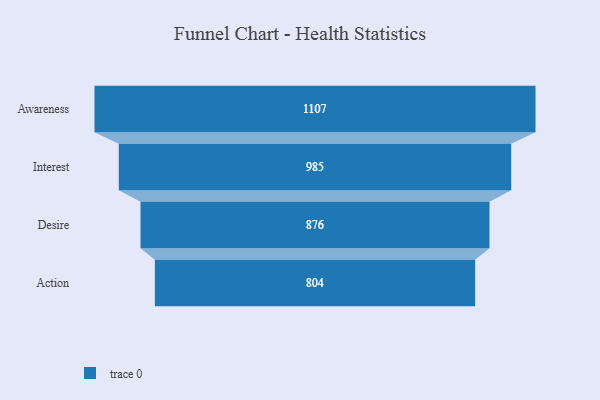
{"axis": {"x": "Stage", "y": "Value"}, "legend": [""], "data": [{"x": "Awareness", "y": 1107.0, "type": ""}, {"x": "Interest", "y": 985.0, "type": ""}, {"x": "Desire", "y": 876.0, "type": ""}, {"x": "Action", "y": 804.0, "type": ""}]}